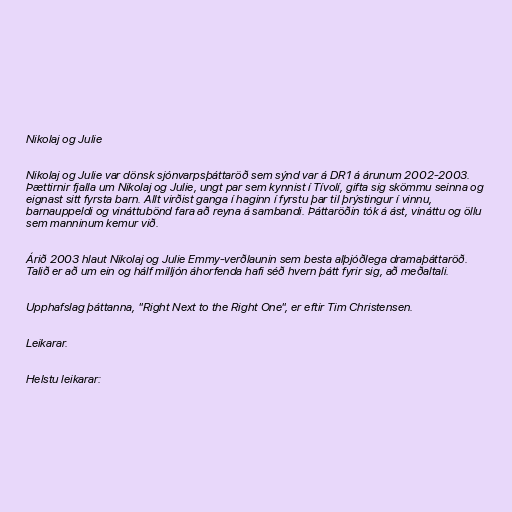
Nikolaj og Julie

Nikolaj og Julie var dönsk sjónvarpsþáttaröð sem sýnd var á DR1 á árunum 2002-2003.
Þættirnir fjalla um Nikolaj og Julie, ungt par sem kynnist í Tívolí, gifta sig skömmu seinna og
eignast sitt fyrsta barn. Allt virðist ganga í haginn í fyrstu þar til þrýstingur í vinnu,
barnauppeldi og vináttubönd fara að reyna á sambandi. Þáttaröðin tók á ást, vináttu og öllu
sem manninum kemur við.

Árið 2003 hlaut Nikolaj og Julie Emmy-verðlaunin sem besta alþjóðlega dramaþáttaröð.
Talið er að um ein og hálf milljón áhorfenda hafi séð hvern þátt fyrir sig, að meðaltali.

Upphafslag þáttanna, "Right Next to the Right One", er eftir Tim Christensen.

Leikarar.

Helstu leikarar: